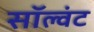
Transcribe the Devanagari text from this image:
सॉल्वंट